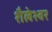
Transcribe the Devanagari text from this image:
शैलेश्‍वर